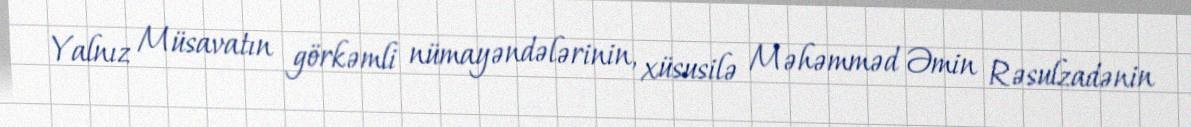
Yalnız Müsavatın görkəmli nümayəndələrinin, xüsusilə Məhəmməd Əmin Rəsulzadənin